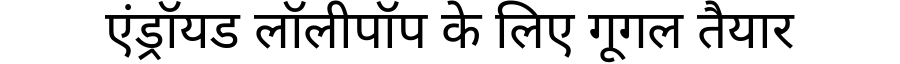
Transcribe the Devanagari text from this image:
एंड्रॉयड लॉलीपॉप के लिए गूगल तैयार